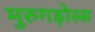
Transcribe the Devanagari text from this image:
मुरुगड़ोस्स